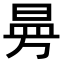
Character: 𭦗